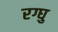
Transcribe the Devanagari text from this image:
रग्घु